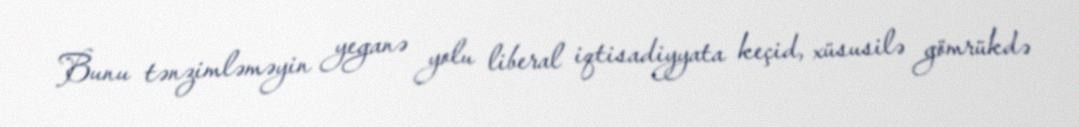
Bunu tənzimləməyin yeganə yolu liberal iqtisadiyyata keçid, xüsusilə gömrükdə